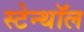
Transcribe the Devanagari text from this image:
स्टेन्थॉल